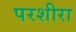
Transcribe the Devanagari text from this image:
परशीरा